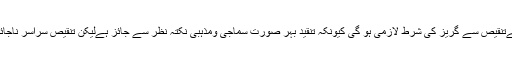
لیکن ہرجگہ تنقید برائےتنقیص سے گریز کی شرط لازمی ہو گی کیونکہ تنقید بہر صورت سماجی ومذہبی نکتہ نظر سے جائز ہےلیکن تنقیص سراسر ناجائز اور غیرپسندیدہ عمل۔